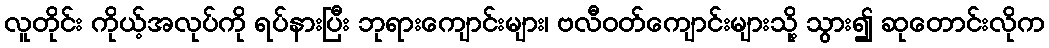
လူတိုင်း ကိုယ့်အလုပ်ကို ရပ်နားပြီး ဘုရားကျောင်းများ၊ ဗလီဝတ်ကျောင်းများသို့ သွား၍ ဆုတောင်းလိုက